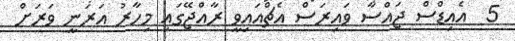
5  އެއިޑްސް ޖައްސާ ވައިރަސް އެޗްއައިވީ ރާއްޖޭގައި މިހާރު އަރަނީ ވަރަށް